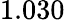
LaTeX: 1.030